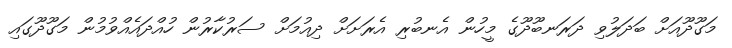
މަގޫދޫއަށް ބަދަލުވި ދަރަނބޫދޫގެ މީހުން އެނބުރި އެރަށަށް ދިއުމަށް ސަރުކާރުން ހުއްދައެއްވުމުން މަގޫދޫގައި